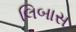
લિબાસ